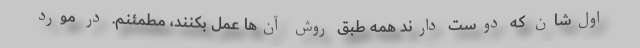
اول‌شان که دوست دارند همه طبق روش آن‌ها عمل بکنند، مطمئنم. در مورد